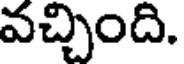
వచ్చింది.